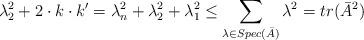
\begin{align*}\lambda_2^2 + 2\cdot k\cdot k' = \lambda_n^2 + \lambda_2^2 + \lambda_1^2 \leq \sum_{\lambda \in Spec(\bar A)} \lambda^2 = tr(\bar A^2)\end{align*}